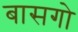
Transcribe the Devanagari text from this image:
बासगो